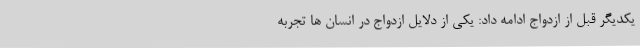
یکدیگر قبل از ازدواج ادامه داد: یکی از دلایل ازدواج در انسان ها تجربه